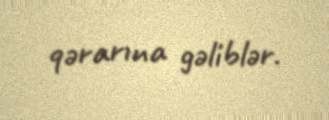
qərarına gəliblər.